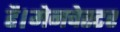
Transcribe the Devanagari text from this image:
है।मेनचेस्टर